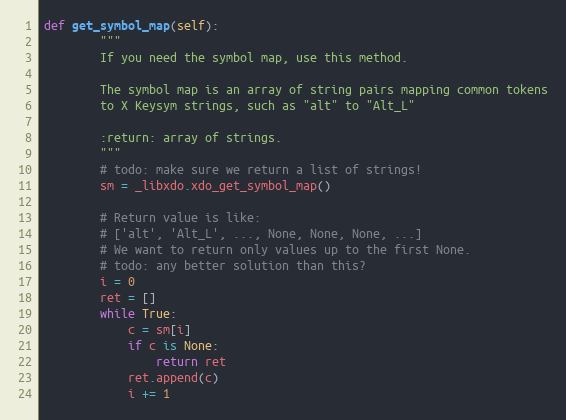
Language: Python
def get_symbol_map(self):
        """
        If you need the symbol map, use this method.

        The symbol map is an array of string pairs mapping common tokens
        to X Keysym strings, such as "alt" to "Alt_L"

        :return: array of strings.
        """
        # todo: make sure we return a list of strings!
        sm = _libxdo.xdo_get_symbol_map()

        # Return value is like:
        # ['alt', 'Alt_L', ..., None, None, None, ...]
        # We want to return only values up to the first None.
        # todo: any better solution than this?
        i = 0
        ret = []
        while True:
            c = sm[i]
            if c is None:
                return ret
            ret.append(c)
            i += 1